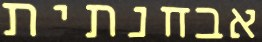
אבחנתית